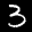
Label: 3